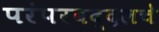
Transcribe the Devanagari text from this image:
परंपरबद्दलचे